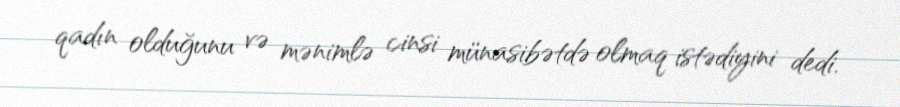
qadın olduğunu və mənimlə cinsi münasibətdə olmaq istədiyini dedi.